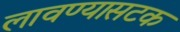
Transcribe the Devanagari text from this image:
लावण्यासटक